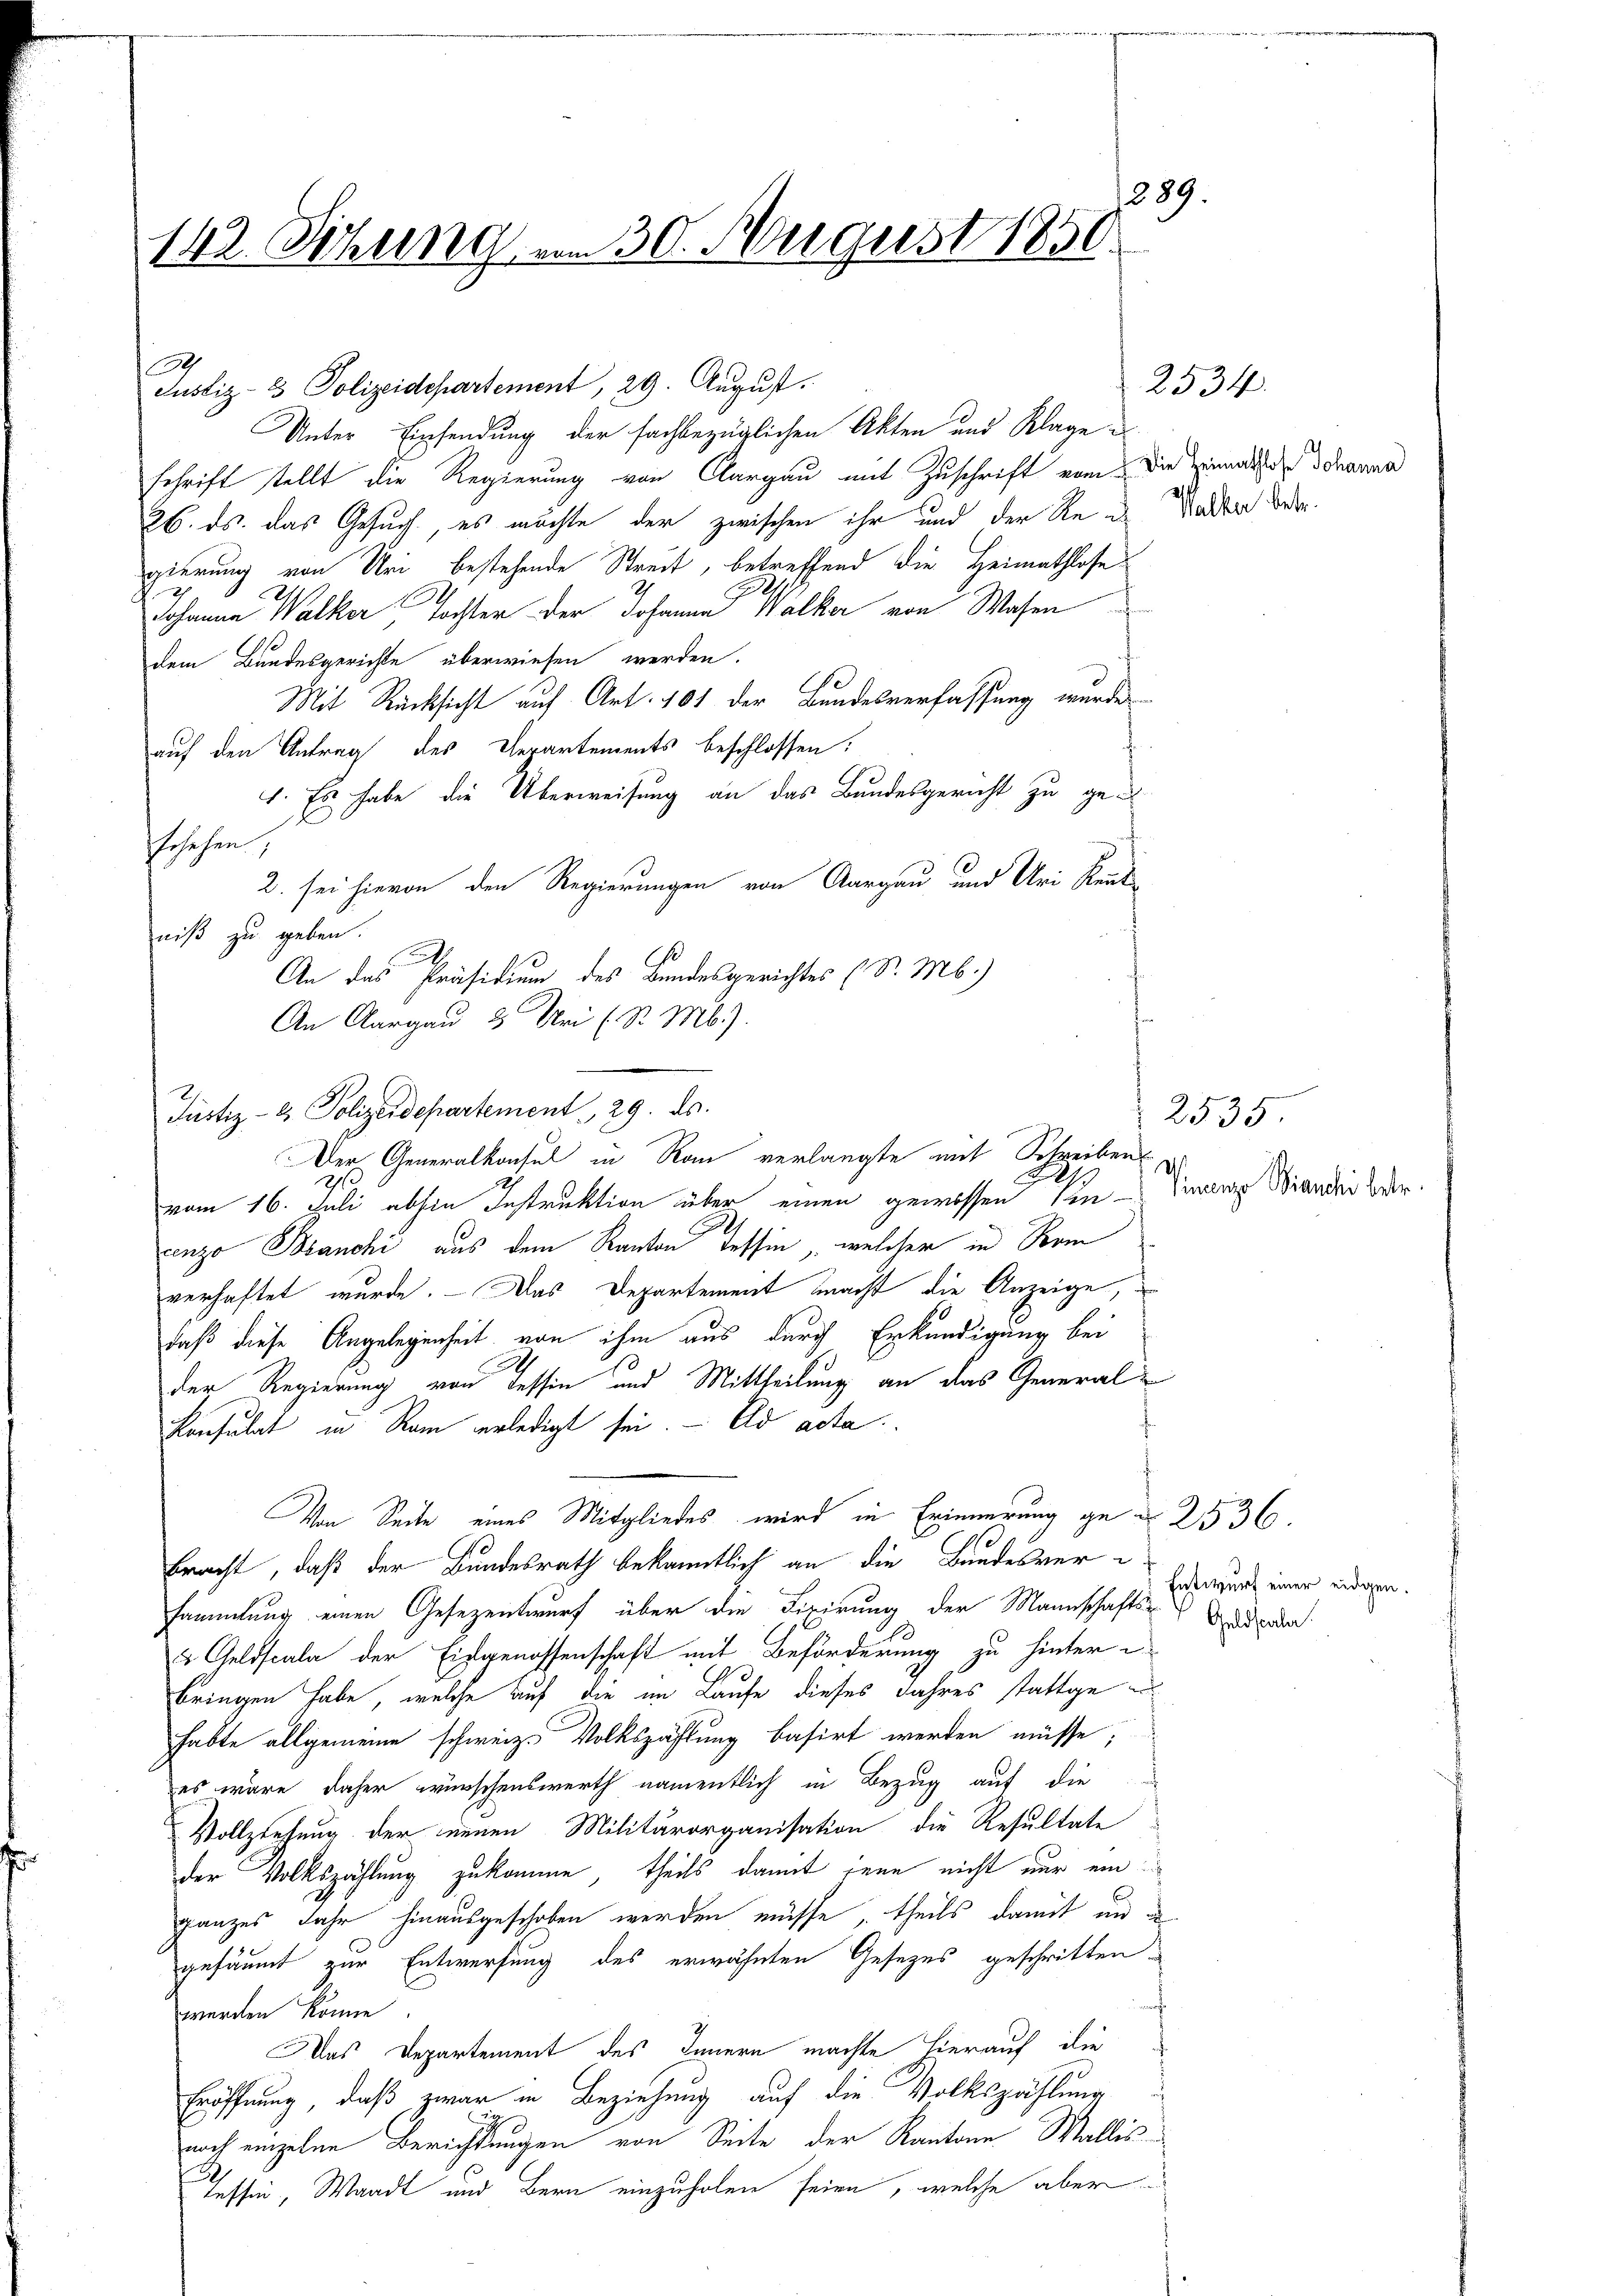
1289.
142. Sitzung vom 30. August 1850.

Justiz- & Polizeidepartement, 29. August.
Unter Einsendung der fachbezüglichen Akten und Klage
Schrift stellt die Regierung von Clargau mit Zuschrift vom Die zumache Schanna
26. ds. das Gesuch, es möchte der zwischen ihr und der Rede Stadter de
gierung von Uri bestehende Streit, betreffend die Heimathlose
Johanne Walker Tochter der Johann Walker von Wasen
dem Bundesgerichte überwiesen werden.
Mit Rücksicht auf Art. 101 der Bundesverfassung wurdes
auf den Antrag des Departements beschlossen:
1. Es habe die Überweisung an das Bundesgericht zu gesschehen,
2. sei hievon den Regierungen von Aargau und Uri Rentniß zu geben.
G.
vom 16. Juli abhin Instruktion über einen gewissen sie - Finanz Brandi der
cenzo Branchi aus dem Kanton Tessin, welcher in Kom
verhaftet wurde. - Das Departement macht die Anzeige,
daß diese Angelegenheit von ihm aus durch Erkundigung bei
der Regierung von Tessin und Mittheilung an das General¬
Konsulat in Ram verledigt sei. - Ad acta
Von Seite eines Mitgliedes wird in Erinnerung gen 2536.
10
bracht, daß der Bundesrath bekanntlich an die Bundesversammlung einen Gesezentwurf über die Fixirung der Mannschafts- un
u Geldscala der Eidgenossenschaft mit Beförderung zu hinter-
Ae
bringen habe, welche auf die im Laufe dieses Jahres stattge
habte allgemeine schweiz. Volkszählung basirt werden müsse;
es wäre daher wünschenswerth namentlich in Bezug auf die
Vollziehung der neuen Militärorganisation die Resultate
der Volkszählung zukomme, theils damit jene nicht nur ein
ganzes Jahr hinausgeschoben werden müsse, theils damit und de
gesäumt zur Entwerfung des erwähnten Gesezes geschritten,
werden könne.
Das Departement des Innern machte hierauf die
Eröffnung, daß zwar in Beziehung auf die Volkszählung
noch einzelne Berichtungen von Seite der Kantone Wallis
tessen, Waadt und Bern einzuholen seien, welche aber

.
An das Präsidium des Bundesgerichtes (S. M.)
An Aargau 2 Uri (S. Mb.).
Justiz- & Polizeidepartement. 29. ds.
Der Generalkonsul in Rau verlangte mit Schreibens

2534

2535
h.

Entwurf einer eidgen.